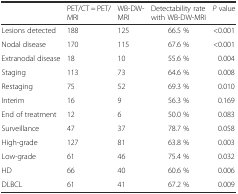
<table><thead><tr><td></td><td><b>PET/CT = PET/MRI</b></td><td><b>WB-DW-MRI</b></td><td><b>Detectability rate with WB-DW-MRI</b></td><td><b><i>P</i> value</b></td></tr></thead><tbody><tr><td>Lesions detected</td><td>188</td><td>125</td><td>66.5 %</td><td>&lt;0.001</td></tr><tr><td>Nodal disease</td><td>170</td><td>115</td><td>67.6 %</td><td>&lt;0.001</td></tr><tr><td>Extranodal disease</td><td>18</td><td>10</td><td>55.6 %</td><td>0.004</td></tr><tr><td>Staging</td><td>113</td><td>73</td><td>64.6 %</td><td>0.008</td></tr><tr><td>Restaging</td><td>75</td><td>52</td><td>69.3 %</td><td>0.010</td></tr><tr><td>Interim</td><td>16</td><td>9</td><td>56.3 %</td><td>0.169</td></tr><tr><td>End of treatment</td><td>12</td><td>6</td><td>50.0 %</td><td>0.083</td></tr><tr><td>Surveillance</td><td>47</td><td>37</td><td>78.7 %</td><td>0.058</td></tr><tr><td>High-grade</td><td>127</td><td>81</td><td>63.8 %</td><td>0.003</td></tr><tr><td>Low-grade</td><td>61</td><td>46</td><td>75.4 %</td><td>0.032</td></tr><tr><td>HD</td><td>66</td><td>40</td><td>60.6 %</td><td>0.006</td></tr><tr><td>DLBCL</td><td>61</td><td>41</td><td>67.2 %</td><td>0.009</td></tr></tbody></table>